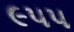
૯૫૫